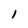
Character: i